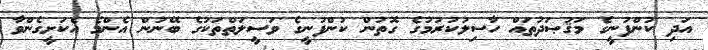
އަދި ކުންފުނީގެ މަޤުޞަދުތައް ހާސިލުކުރުމުގެ ގޮތުން ކުންފުނީގެ ވަސީލަތްތަކުގެ ބޭނުން އެންމެ އެކަށީގެންވާ